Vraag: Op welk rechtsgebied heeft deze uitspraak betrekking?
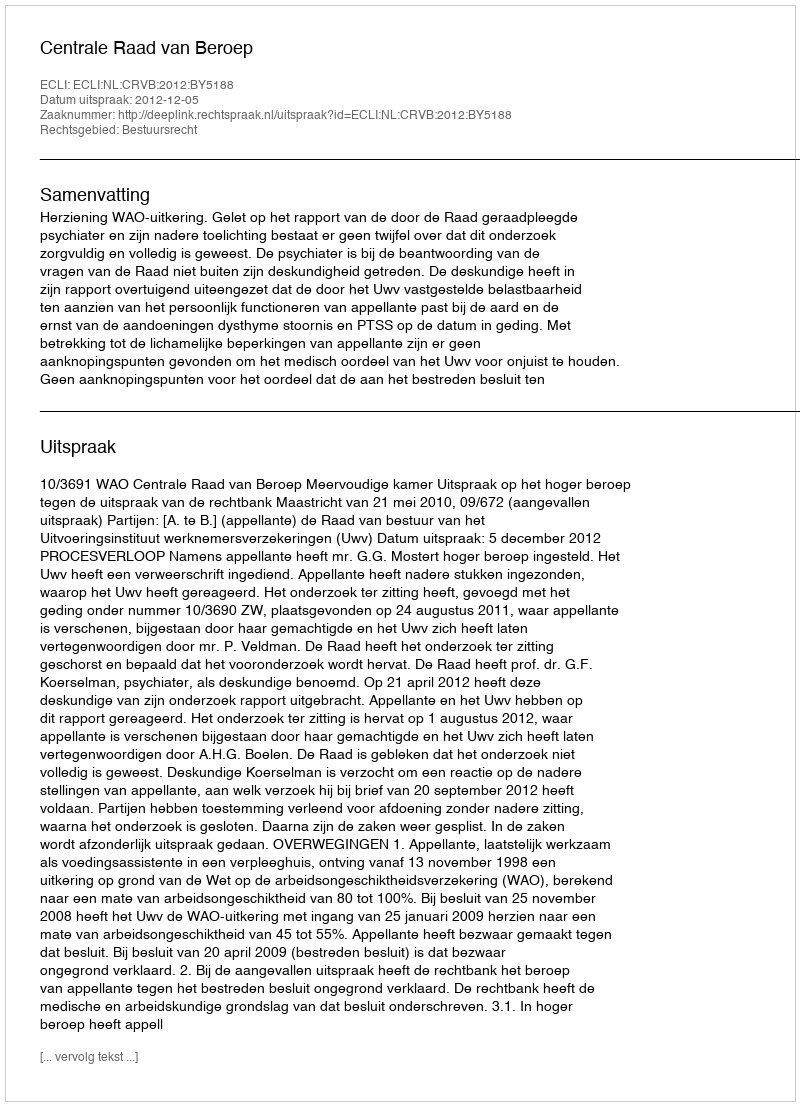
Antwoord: Bestuursrecht